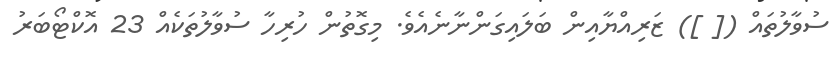
ސުވާލުތައް ([ ]) ޒަރިއްޔާއިން ބަލައިގަންނާނެއެވެ. މިގޮތުން ހުރިހާ ސުވާލުތަކެއް 23 އޮކްޓޯބަރު